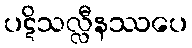
ပဋိသလ္လီနဿပေ